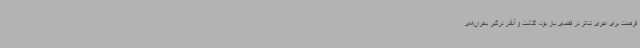
فرصت برای اجرای تئاتر در فضای باز بود، گذشت و آنقدر درگیر بحران‌های